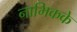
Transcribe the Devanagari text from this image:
नाभिकके